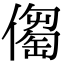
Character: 𠏈